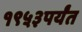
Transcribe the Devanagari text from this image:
१९५३पर्यंत